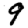
Digit: 9